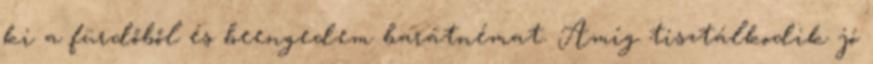
ki a fürdőből és beengedem barátnémat. Amíg tisztálkodik jó